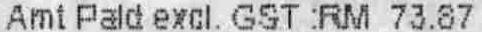
AMT PALD EXCL. GST :RM 73.87